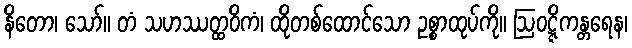
နိတော၊ သော်။ တံ သဟဿတ္ထဝိကံ၊ ထိုတစ်ထောင်သော ဥစ္စာထုပ်ကို။ ဩဝဋ္ဋိကန္တရေန၊